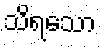
သိရသော